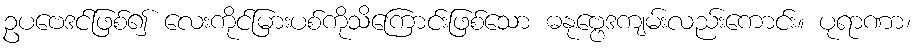
ဥပဗေဒင်ဖြစ်၍ လေးကိုင်မြားပစ်ကိုသိကြောင်းဖြစ်သော ဓနုဗ္ဗေဒကျမ်းလည်းကောင်း။ ပုရာဏာ၊